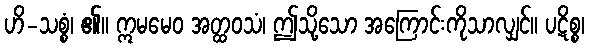
ဟိ-သစ္စံ၊ ၏။ ဣမမေဝ အတ္ထဝသံ၊ ဤသို့သော အကြောင်းကိုသာလျှင်။ ပဋိစ္စ၊